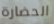
الحضارة